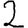
Digit: 2